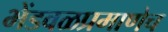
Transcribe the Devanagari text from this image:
भेंडवळप्रमाणेच